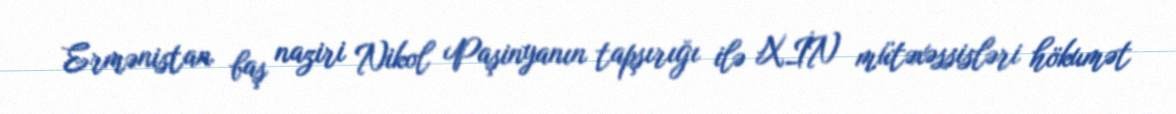
Ermənistan baş naziri Nikol Paşinyanın tapşırığı ilə XİN mütəxəssisləri hökumət